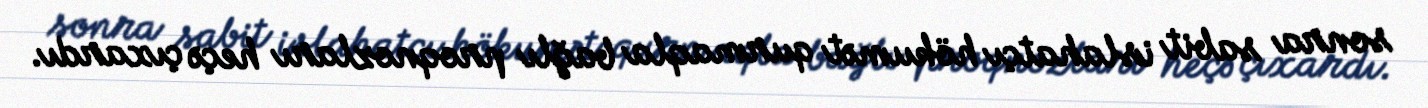
sonra sabit islahatçı hökumət qurmaqla bağlı proqnozları heçə çıxardı.